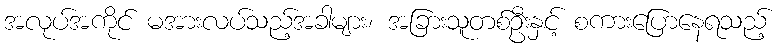
အလုပ်အကိုင် မအားလပ်သည့်အခါများ၊ အခြားသူတစ်ဦးနှင့် စကားပြောနေရသည့်